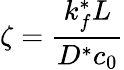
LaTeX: \zeta=\frac{k_{f}^{*}L}{D^{*}c_{0}}